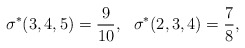
\begin{align*}\sigma^*(3,4,5)=\frac{9}{10},\ \ \sigma^*(2,3,4)=\frac 78,\end{align*}